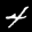
Label: 4